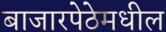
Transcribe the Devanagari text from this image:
बाजारपेठेमधील